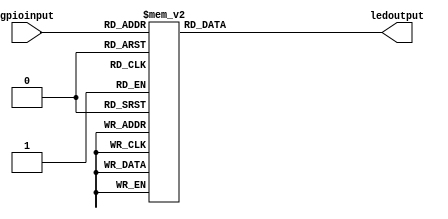
module LED_GPIO(
    input [3:0] gpioinput,
    output reg [9:0] ledoutput
);

// Combinational logic block for updating the output
always @* begin
    ledoutput = decode_gpio_to_led(gpioinput);
end

// Function to convert GPIO input to LED output pattern
function [9:0] decode_gpio_to_led(input [3:0] gpio);
    begin
        case (gpio)
            4'b0000: decode_gpio_to_led = 10'b0000000000;
            4'b0001: decode_gpio_to_led = 10'b0000000001;
            4'b0010: decode_gpio_to_led = 10'b0000000011;
            4'b0011: decode_gpio_to_led = 10'b0000000111;
            4'b0100: decode_gpio_to_led = 10'b0000001111;
            4'b0101: decode_gpio_to_led = 10'b0000011111;
            4'b0110: decode_gpio_to_led = 10'b0000111111;
            4'b0111: decode_gpio_to_led = 10'b0001111111;
            4'b1000: decode_gpio_to_led = 10'b0011111111;
            4'b1001: decode_gpio_to_led = 10'b0111111111;
            default: decode_gpio_to_led = 10'b1111111111; // All LEDs on for undefined cases
        endcase
    end
endfunction

endmodule